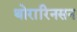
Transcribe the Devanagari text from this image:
थोरारिनसन